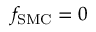
f _ { \mathrm { S M C } } = 0